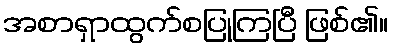
အစာရှာထွက်စပြုကြပြီ ဖြစ်၏။